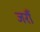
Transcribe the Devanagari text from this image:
जरौं